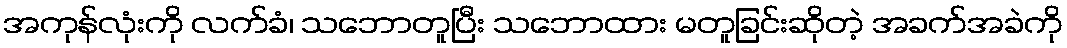
အကုန်လုံးကို လက်ခံ၊ သဘောတူပြီး သဘောထား မတူခြင်းဆိုတဲ့ အခက်အခဲကို